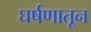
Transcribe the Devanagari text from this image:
घर्षणातून